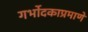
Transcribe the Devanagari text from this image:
गर्भोदकाप्रमाणे